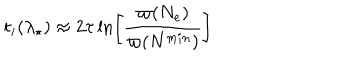
LaTeX: t _ { i } ( \lambda _ { \star } ) \approx 2 \tau \ln \biggr [ \frac { \varpi ( N _ { e } ) } { \varpi ( N ^ { m i n } ) } \biggl ]